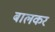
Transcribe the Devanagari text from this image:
बालकर